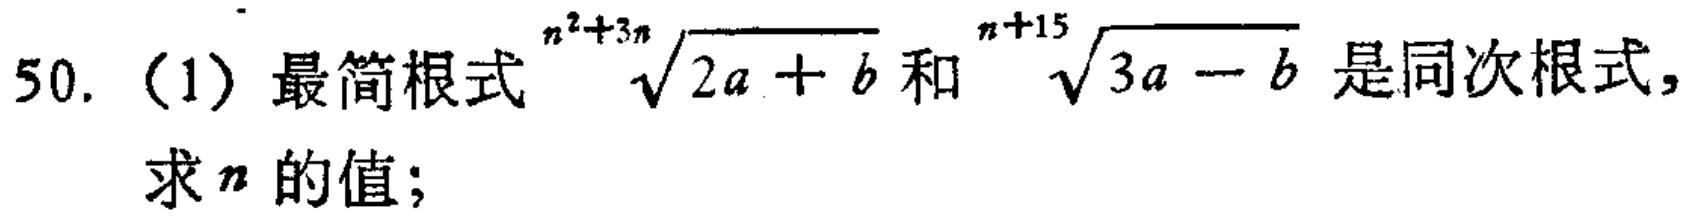
50. (1) 最简根式$\sqrt[n^{2}+3n]{2a + b}$和$\sqrt[n + 15]{3a - b}$是同次根式，求$n$的值；